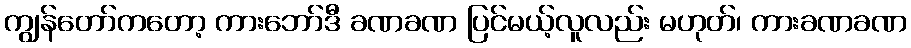
ကျွန်တော်ကတော့ ကားဘော်ဒီ ခဏခဏ ပြင်မယ့်လူလည်း မဟုတ်၊ ကားခဏခဏ